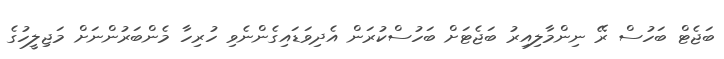
ބަޖެޓް ބަހުސް ރޭ ނިންމާލިއިރު ބަޖެޓަށް ބަހުސްކުރަން އެދިވަޑައިގެންނެވި ހުރިހާ މެންބަރުންނަށް މަޖިލީހުގެ